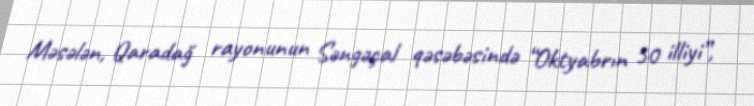
Məsələn, Qaradağ rayonunun Səngəçal qəsəbəsində “Oktyabrın 50 illiyi”,